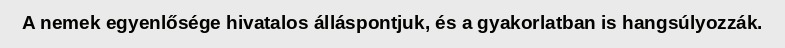
A nemek egyenlősége hivatalos álláspontjuk, és a gyakorlatban is hangsúlyozzák.